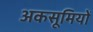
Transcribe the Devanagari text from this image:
अकसूमियों